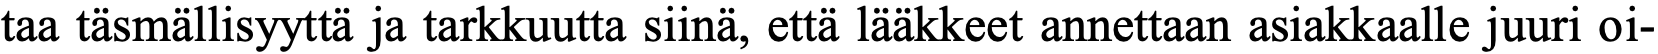
taa täsmällisyyttä ja tarkkuutta siinä, että lääkkeet annettaan asiakkaalle juuri oi-